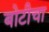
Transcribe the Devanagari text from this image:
बोटीचा